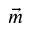
\vec { m }